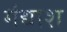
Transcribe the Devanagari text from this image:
गंद्याश